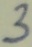
Text: 3